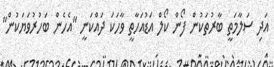
އަދި ސަލާމަތީ ބާރުތަކުން ފޯން ކޯލް އަޑުއަހާތީ ވާހަކަ ދައްކަނީ "އެހެން ބަހުރުވަޔަކުން"